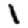
Digit: 1